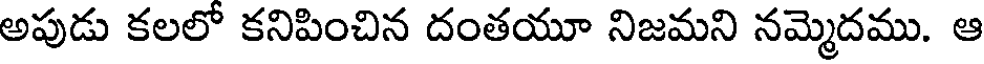
అపుడు కలలో కనిపించిన దంతయూ నిజమని నమ్మెదము. ఆ